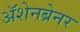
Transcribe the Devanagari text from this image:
ॲशेनब्रेनर